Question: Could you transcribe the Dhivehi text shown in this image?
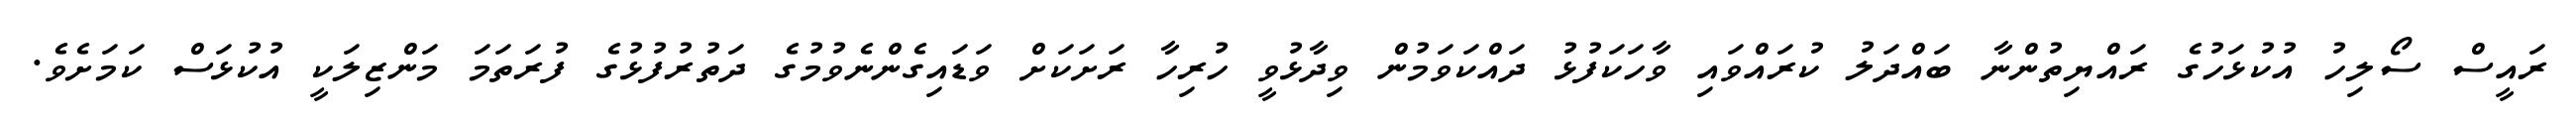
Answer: ރައީސް ސޯލިހު އުކުޅަހުގެ ރައްޔިތުންނާ ބައްދަލު ކުރައްވައި ވާހަކަފުޅު ދައްކަވަމުން ވިދާޅުވީ ހުރިހާ ރަށަކަށް ވަޑައިގެންނެވުމުގެ ދަތުރުފުޅުގެ ފުރަތަމަ މަންޒިލަކީ އުކުޅަސް ކަމަށެވެ.